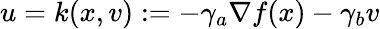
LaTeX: u=k(x,v):=-\gamma_{a}\nabla f(x)-\gamma_{b}v